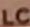
LC